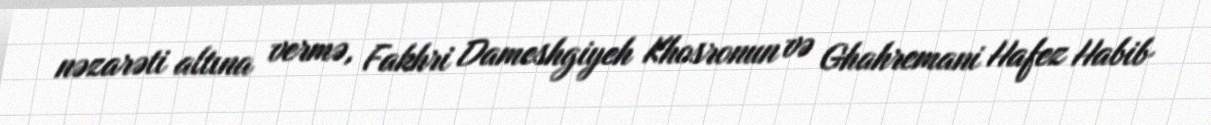
nəzarəti altına vermə, Fakhri Dameshgiyeh Khosronun və Ghahremani Hafez Habib